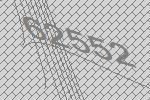
62552